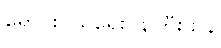
ရောင်းဝယ်ရေးဝန်ကြီးဌာန